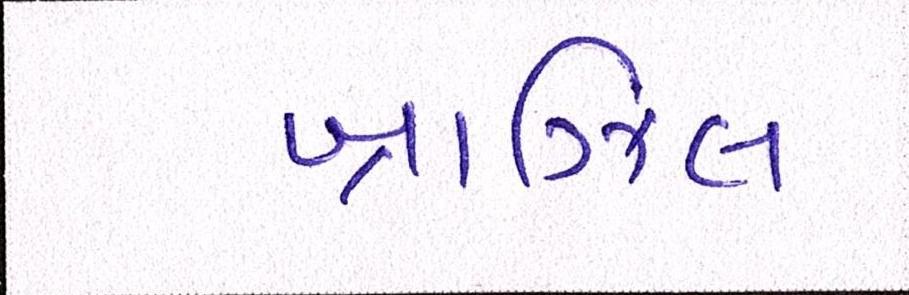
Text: બ્રાઝિલ